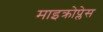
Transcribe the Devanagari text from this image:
माइक्रोप्लेस